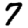
Digit: 7